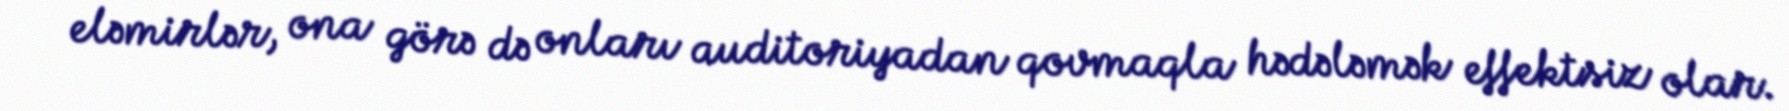
eləmirlər, ona görə də onları auditoriyadan qovmaqla hədələmək effektsiz olar.